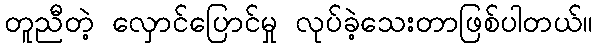
တူညီတဲ့ လှောင်ပြောင်မှု လုပ်ခဲ့သေးတာဖြစ်ပါတယ်။